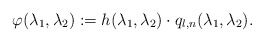
\begin{align*} \varphi(\lambda_1,\lambda_2):=h(\lambda_1,\lambda_2) \cdot q_{l,n}(\lambda_1,\lambda_2). \end{align*}